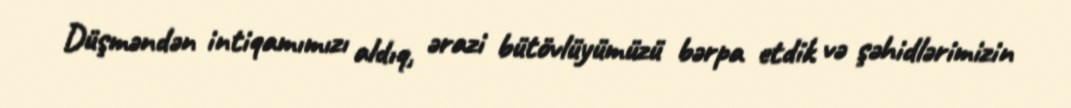
Düşməndən intiqamımızı aldıq, ərazi bütövlüyümüzü bərpa etdik və şəhidlərimizin